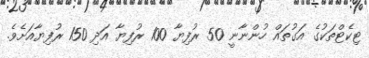
ޓިކެޓްތަކުގެ އަގުތައް ހުންނާނީ 50 ރުފިޔާ 100 ރުފިޔާ އަދި 150 ރުފިޔާއަށެވެ.